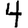
Digit: 4